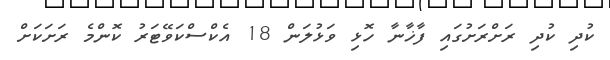
ކުދި ކުދި ރަށްރަށުގައި ފާޚާނާ ހޮޅި ވަޅުލަން 18 އެކްސްކަވޭޓަރު ކޮންމެ ރަށަކަށް